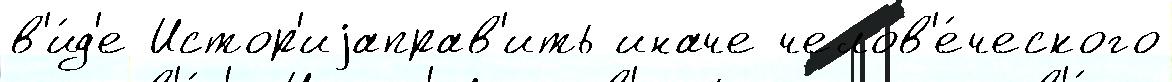
в'и́д'е Истор'иjаправ'ить иначе челов'е́ческого